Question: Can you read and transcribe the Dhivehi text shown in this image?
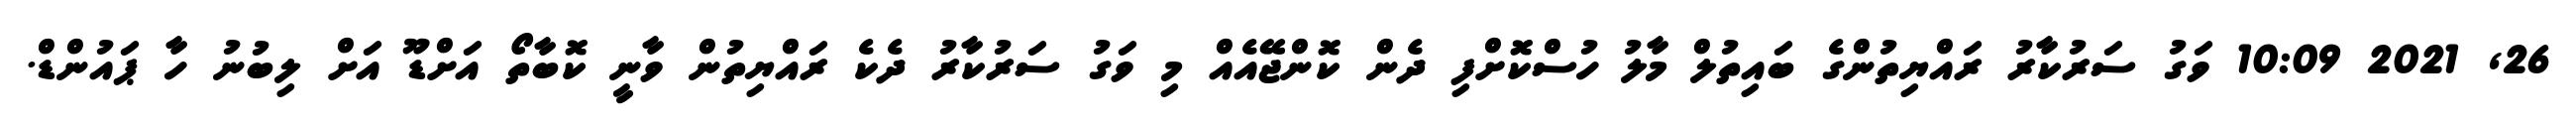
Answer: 26, 2021 10:09 ވަގު ސަރުކާރު ރައްޔިތުންގެ ބައިތުލް މާލު ހުސްކޮށްފި ދެން ކޮންޖޭއެއް މި ވަގު ސަރުކާރު ދެކެ ރައްޔިތުން ވާނީ ކޮބާތޯ އަށްޑޫ އަށް ލިބުނު ހާ ޕައުންޑް.